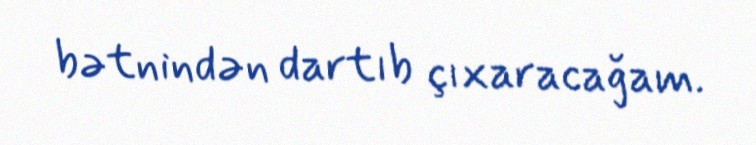
bətnindən dartıb çıxaracağam.